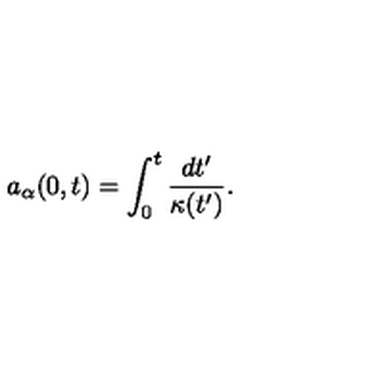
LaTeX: a _ { \alpha } ( 0 , t ) = \int _ { 0 } ^ { t } { \frac { d t ^ { \prime } } { \kappa ( t ^ { \prime } ) } } .